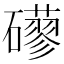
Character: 𥗀